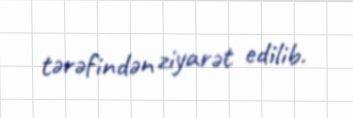
tərəfindən ziyarət edilib.